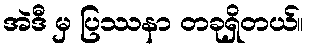
အဲဒီ မှ ပြဿနာ တခုရှိတယ်။